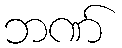
ဘဏ်